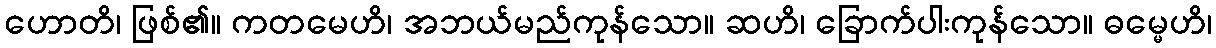
ဟောတိ၊ ဖြစ်၏။ ကတမေဟိ၊ အဘယ်မည်ကုန်သော။ ဆဟိ၊ ခြောက်ပါးကုန်သော။ ဓမ္မေဟိ၊